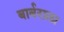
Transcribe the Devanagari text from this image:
बार्बराला